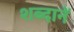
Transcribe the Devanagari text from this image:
शब्दानें